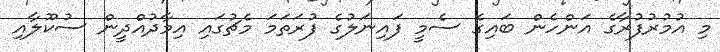
މި އުމުރުފުރާގެ އަންހެން ބައިގެ ސެމީ ފައިނަލުގެ ފުރަތަމަ މެޗުގައި އިމާދުއްދީން ސުކޫލާއި